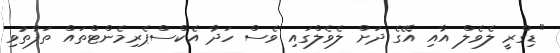
"ޑިގްރީ ލެވެލް އާއި އޭގެ ދަށް ލެވެލްގައި ވެސް ހަދާ އެކްސްޕެރިމެންޓްތައް ތަފާތުވި